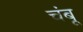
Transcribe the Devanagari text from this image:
चंबू